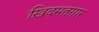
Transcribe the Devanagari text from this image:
ख़िदमतग़ार